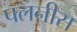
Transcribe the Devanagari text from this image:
पलनीस